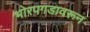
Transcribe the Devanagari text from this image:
भोरपगडावरून